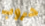
حروب